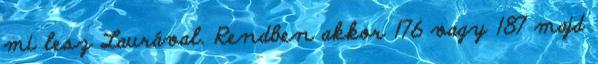
mi lesz Laurával. Rendben akkor 176 vagy 187 majd